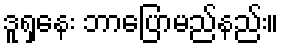
ဒူရှနေး ဘာပြောမည်နည်း။